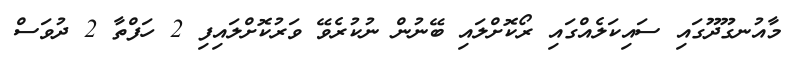
މާއުނގޫދޫގައި ސައިކަލެއްގައި ރޯކޮށްލައި ބޭނުން ނުކުރެވޭ ވަރުކޮށްލައިފި 2 ހަފްތާ 2 ދުވަސް